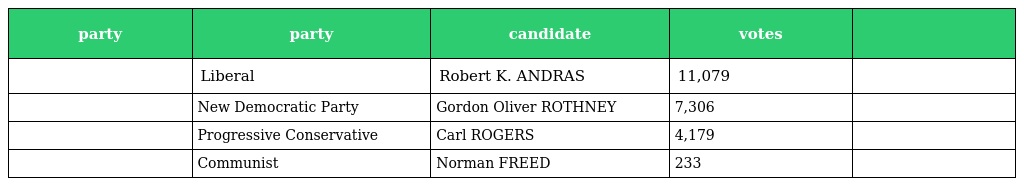
| party | party | candidate | votes |  |
 | --- | --- | --- | --- | --- |
 |  | Liberal | Robert K. ANDRAS | 11,079 |  |
 |  | New Democratic Party | Gordon Oliver ROTHNEY | 7,306 |  |
 |  | Progressive Conservative | Carl ROGERS | 4,179 |  |
 |  | Communist | Norman FREED | 233 |  |